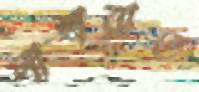
নাশরাত